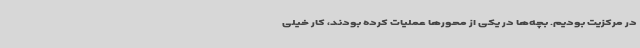
در مرکزیت بودیم. بچه‌ها در یکی از محورها عملیات کرده بودند، کار خیلی